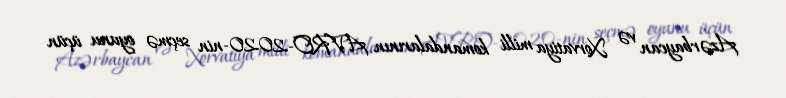
Azərbaycan və Xorvatiya milli komandalarının AVRO-2020-nin seçmə oyunu üçün